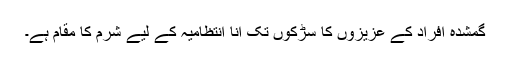
گمشدہ افراد کے عزیزوں کا سڑکوں تک آنا انتظامیہ کے لیے شرم کا مقام ہے۔